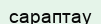
сараптау